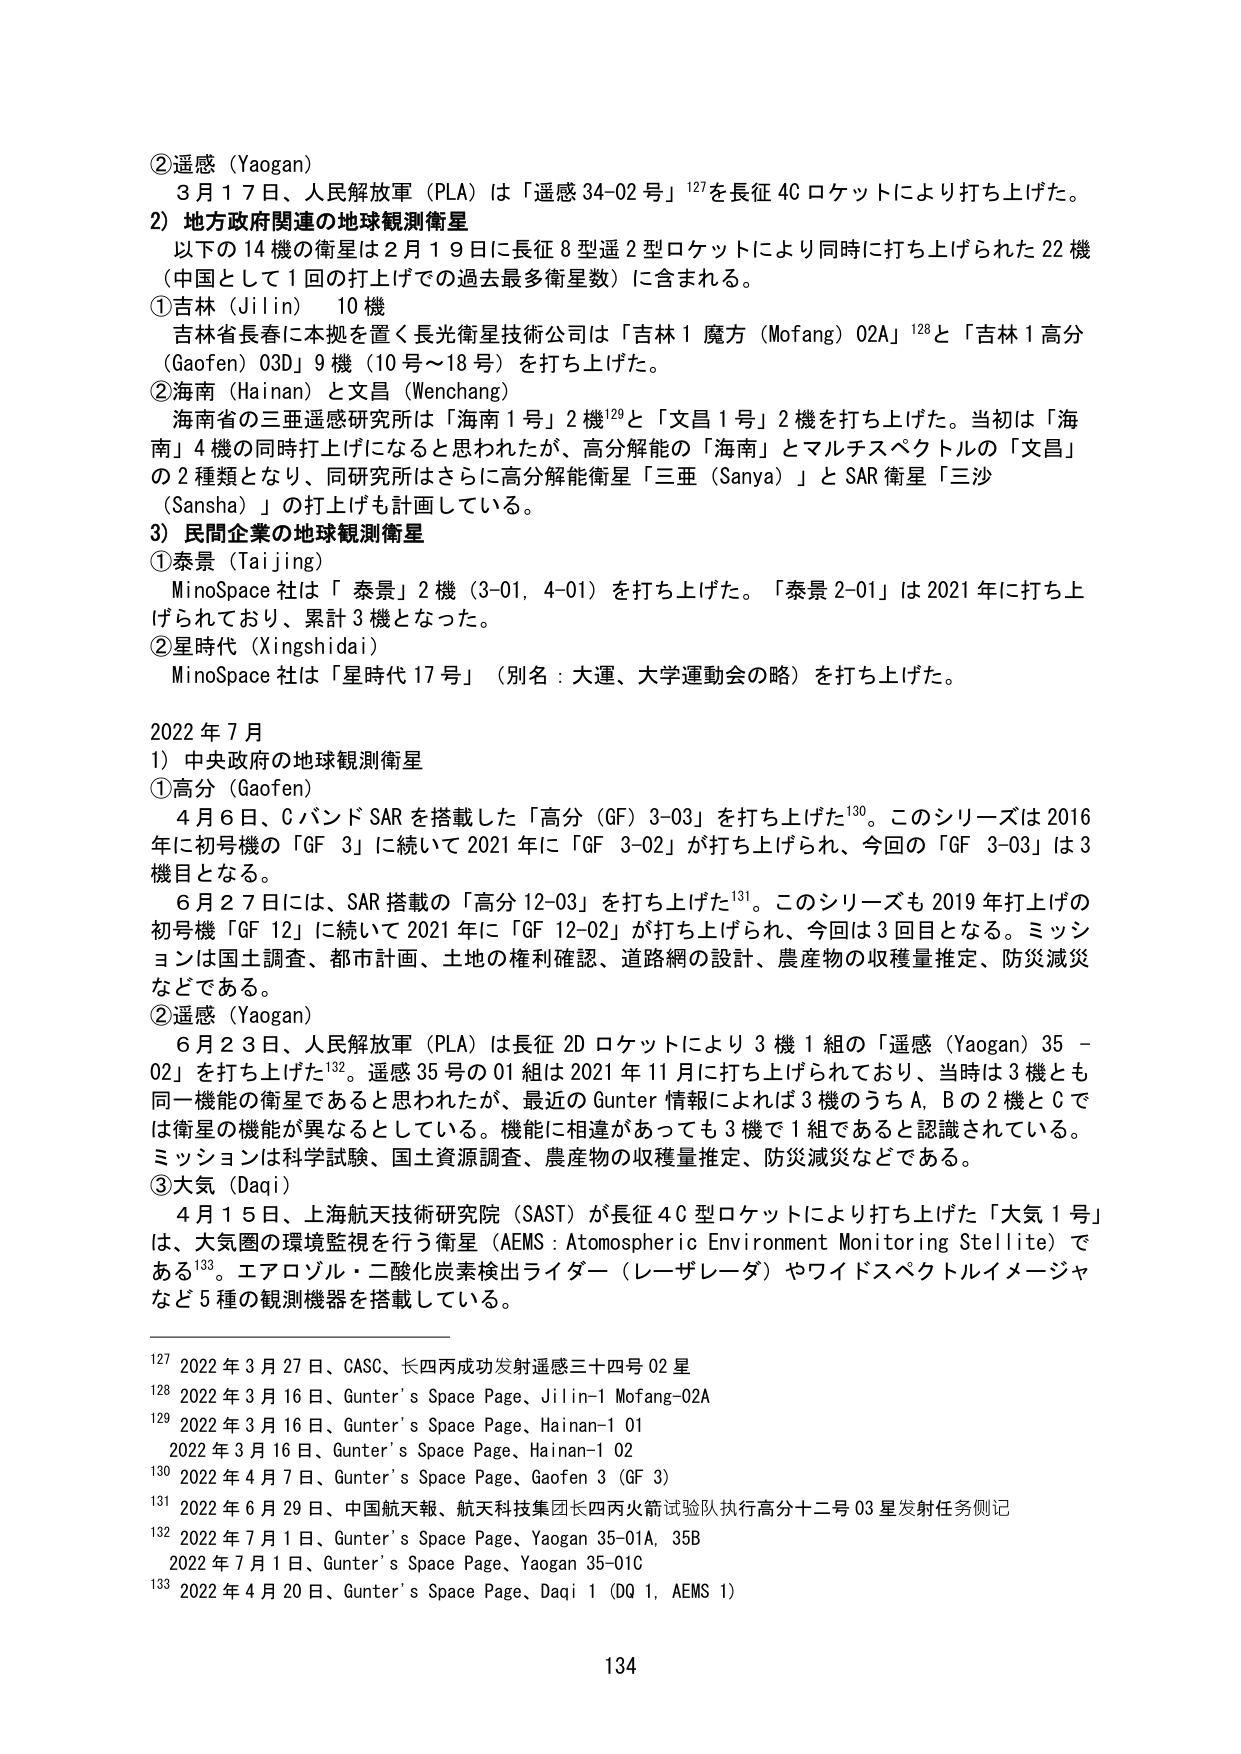
②遥感（Yaogan）
3月17日、人民解放軍（PLA）は「遥感34-02号」¹²⁷を長征4Cロケットにより打ち上げた。

2）地方政府関連の地球観測衛星
以下の14機の衛星は2月19日に長征8型遥2型ロケットにより同時に打ち上げられた22機（中国として1回の打上げでの過去最多衛星数）に含まれる。
①吉林（Jilin） 10機
吉林省長春に本拠を置く長光衛星技術公司は「吉林1魔方（Mofang）02A」¹²⁸と「吉林1高分（Gaofen）03D」9機（10号～18号）を打ち上げた。
②海南（Hainan）と文昌（Wenchang）
海南省の三亜遥感研究所は「海南1号」2機¹²⁹と「文昌1号」2機を打ち上げた。当初は「海南」4機の同時打上げになると思われたが、高分解能の「海南」とマルチスペクトルの「文昌」の2種類となり、同研究所はさらに高分解能衛星「三亜（Sanya）」とSAR衛星「三沙（Sansha）」の打上げも計画している。

3）民間企業の地球観測衛星
①泰景（Taijing）
MinoSpace社は「泰景」2機（3-01, 4-01）を打ち上げた。「泰景2-01」は2021年に打ち上げられており、累計3機となった。
②星時代（Xingshidai）
MinoSpace社は「星時代17号」（別名：大運、大学運動会の略）を打ち上げた。

2022年7月
1）中央政府の地球観測衛星
①高分（Gaofen）
4月6日、CバンドSARを搭載した「高分（GF）3-03」を打ち上げた¹³⁰。このシリーズは2016年に初号機の「GF 3」に続いて2021年に「GF 3-02」が打ち上げられ、今回の「GF 3-03」は3機目となる。
6月27日には、SAR搭載の「高分12-03」を打ち上げた¹³¹。このシリーズも2019年打上げの初号機「GF 12」に続いて2021年に「GF 12-02」が打ち上げられ、今回は3回目となる。ミッションは国土調査、都市計画、土地の権利確認、道路網の設計、農産物の収穫量推定、防災減災などである。
②遥感（Yaogan）
6月23日、人民解放軍（PLA）は長征2Dロケットにより3機1組の「遥感（Yaogan）35-02」を打ち上げた¹³²。遥感35号の01組は2021年11月に打ち上げられており、当時は3機とも同一機能の衛星であると思われたが、最近のGunter情報によれば3機のうちA、Bの2機とCでは衛星の機能が異なるとしている。機能に相違があっても3機で1組であると認識されている。ミッションは科学試験、国土資源調査、農産物の収穫量推定、防災減災などである。
③大気（Daqi）
4月15日、上海航天技術研究院（SAST）が長征4C型ロケットにより打ち上げた「大気1号」は、大気圏の環境監視を行う衛星（AEMS：Atomospher Environment Monitoring Stellite）である¹³³。エアロゾル・二酸化炭素検出ライダー（レーザーレーダ）やワイドスペクトルイメージャなど5種の観測機器を搭載している。

¹²⁷ 2022年3月27日、CASC、长四丙成功发射遥感三十四号02星
¹²⁸ 2022年3月16日、Gunter’s Space Page、Jilin-1 Mofang-02A
¹²⁹ 2022年3月16日、Gunter’s Space Page、Hainan-1 01
　　2022年3月16日、Gunter’s Space Page、Hainan-1 02
¹³⁰ 2022年4月7日、Gunter’s Space Page、Gaofen 3 (GF 3)
¹³¹ 2022年6月29日、中国航天報、航天科技集团长四丙火箭试验队执行高分十二号03星发射任务侧记
¹³² 2022年7月1日、Gunter’s Space Page、Yaogan 35-01A, 35B
　　2022年7月1日、Gunter’s Space Page、Yaogan 35-01C
¹³³ 2022年4月20日、Gunter’s Space Page、Daqi 1 (DQ 1, AEMS 1)

134